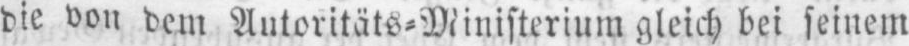
die von dem Autoritäts⸗Ministerium gleich bei seinem